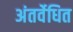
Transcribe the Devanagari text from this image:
अंतर्वेधित